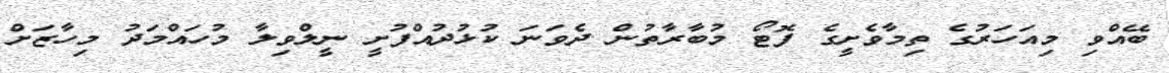
ބޭއްވި މިއަހަރުގެ ތިމާވެށީގެ ފޮޓޯ މުބާރާތުން ދެވަނަ ކުޅުދުއްފުށީ ނީލްވިލާ މުހައްމަދު މިހާޒަށް